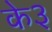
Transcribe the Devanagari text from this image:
के३